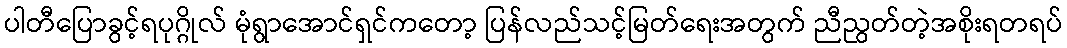
ပါတီပြောခွင့်ရပုဂ္ဂိုလ် မုံရွာအောင်ရှင်ကတော့ ပြန်လည်သင့်မြတ်ရေးအတွက် ညီညွတ်တဲ့အစိုးရတရပ်